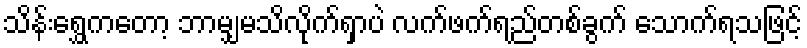
သိန်းရွှေကတော့ ဘာမျှမသိလိုက်ရှာပဲ လက်ဖက်ရည်တစ်ခွက် သောက်ရသဖြင့်